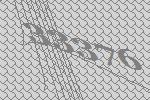
33376